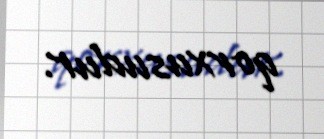
qorxusudur.